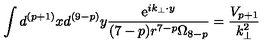
\int d ^ { ( p + 1 ) } x d ^ { ( 9 - p ) } y \frac { \mathrm { e } ^ { i k _ { \bot } \cdot y } } { ( 7 - p ) r ^ { 7 - p } \Omega _ { 8 - p } } = \frac { V _ { p + 1 } } { k _ { \bot } ^ { 2 } }